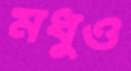
মধুও